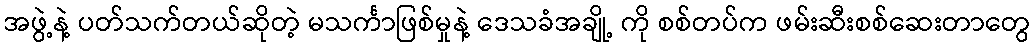
အဖွဲ့နဲ့ ပတ်သက်တယ်ဆိုတဲ့ မသင်္ကာဖြစ်မှုနဲ့ ဒေသခံအချို့ ကို စစ်တပ်က ဖမ်းဆီးစစ်ဆေးတာတွေ